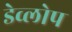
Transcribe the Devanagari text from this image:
डेव्लोप